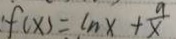
f ( x ) = \ln x + \frac { 9 } { x }